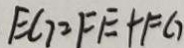
E G = F E + F G